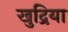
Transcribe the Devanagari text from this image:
खुद्रिया